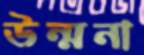
উন্মনা